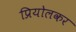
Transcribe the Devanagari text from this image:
प्रियोलकर